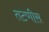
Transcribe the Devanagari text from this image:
तटणीस